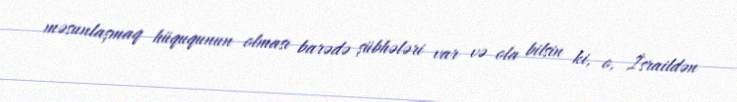
məsunlaşmaq hüququnun olması barədə şübhələri var və ola bilsin ki, o, İsraildən